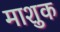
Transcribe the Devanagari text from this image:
माशुक